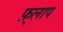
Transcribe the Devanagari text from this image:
फ़्लाप